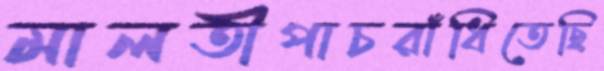
মালতীপাচরাঁধিতেছি